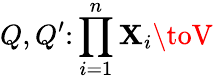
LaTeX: Q,Q^{\prime}\colon\prod_{i=1}^{n}\mathbf{X}_{i}\toV